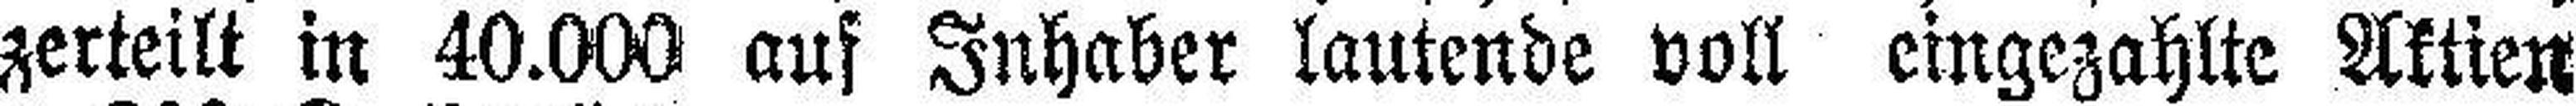
zerteilt in 40.000 auf Inhaber lautende voll eingezahlte Aktien